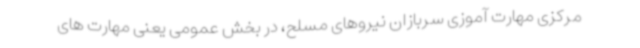
مرکزی مهارت آموزی سربازان نیروهای مسلح، در بخش عمومی یعنی مهارت های